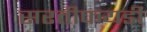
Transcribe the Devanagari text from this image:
सरतीफयडी